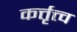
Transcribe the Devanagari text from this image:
कर्त्तृत्त्व